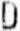
D